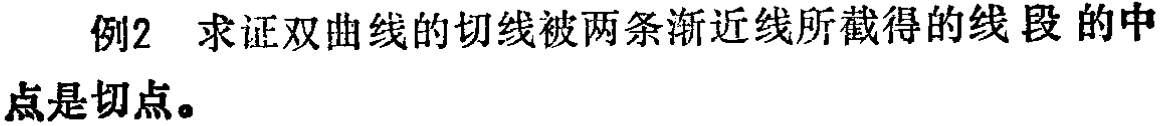
例2 求证双曲线的切线被两条渐近线所截得的线段 的中
点是切点。